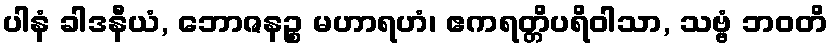
ပါနံ ခါဒနီယံ, ဘောဇနဉ္စ မဟာရဟံ၊ ဧကရတ္တိပရိဝါသာ, သဗ္ဗံ ဘဝတိ